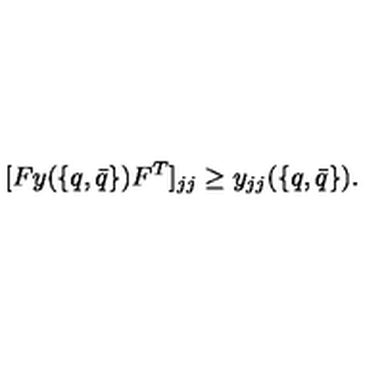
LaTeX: [ F y ( \{ q , \bar { q } \} ) F ^ { T } ] _ { j j } \geq y _ { j j } ( \{ q , \bar { q } \} ) .